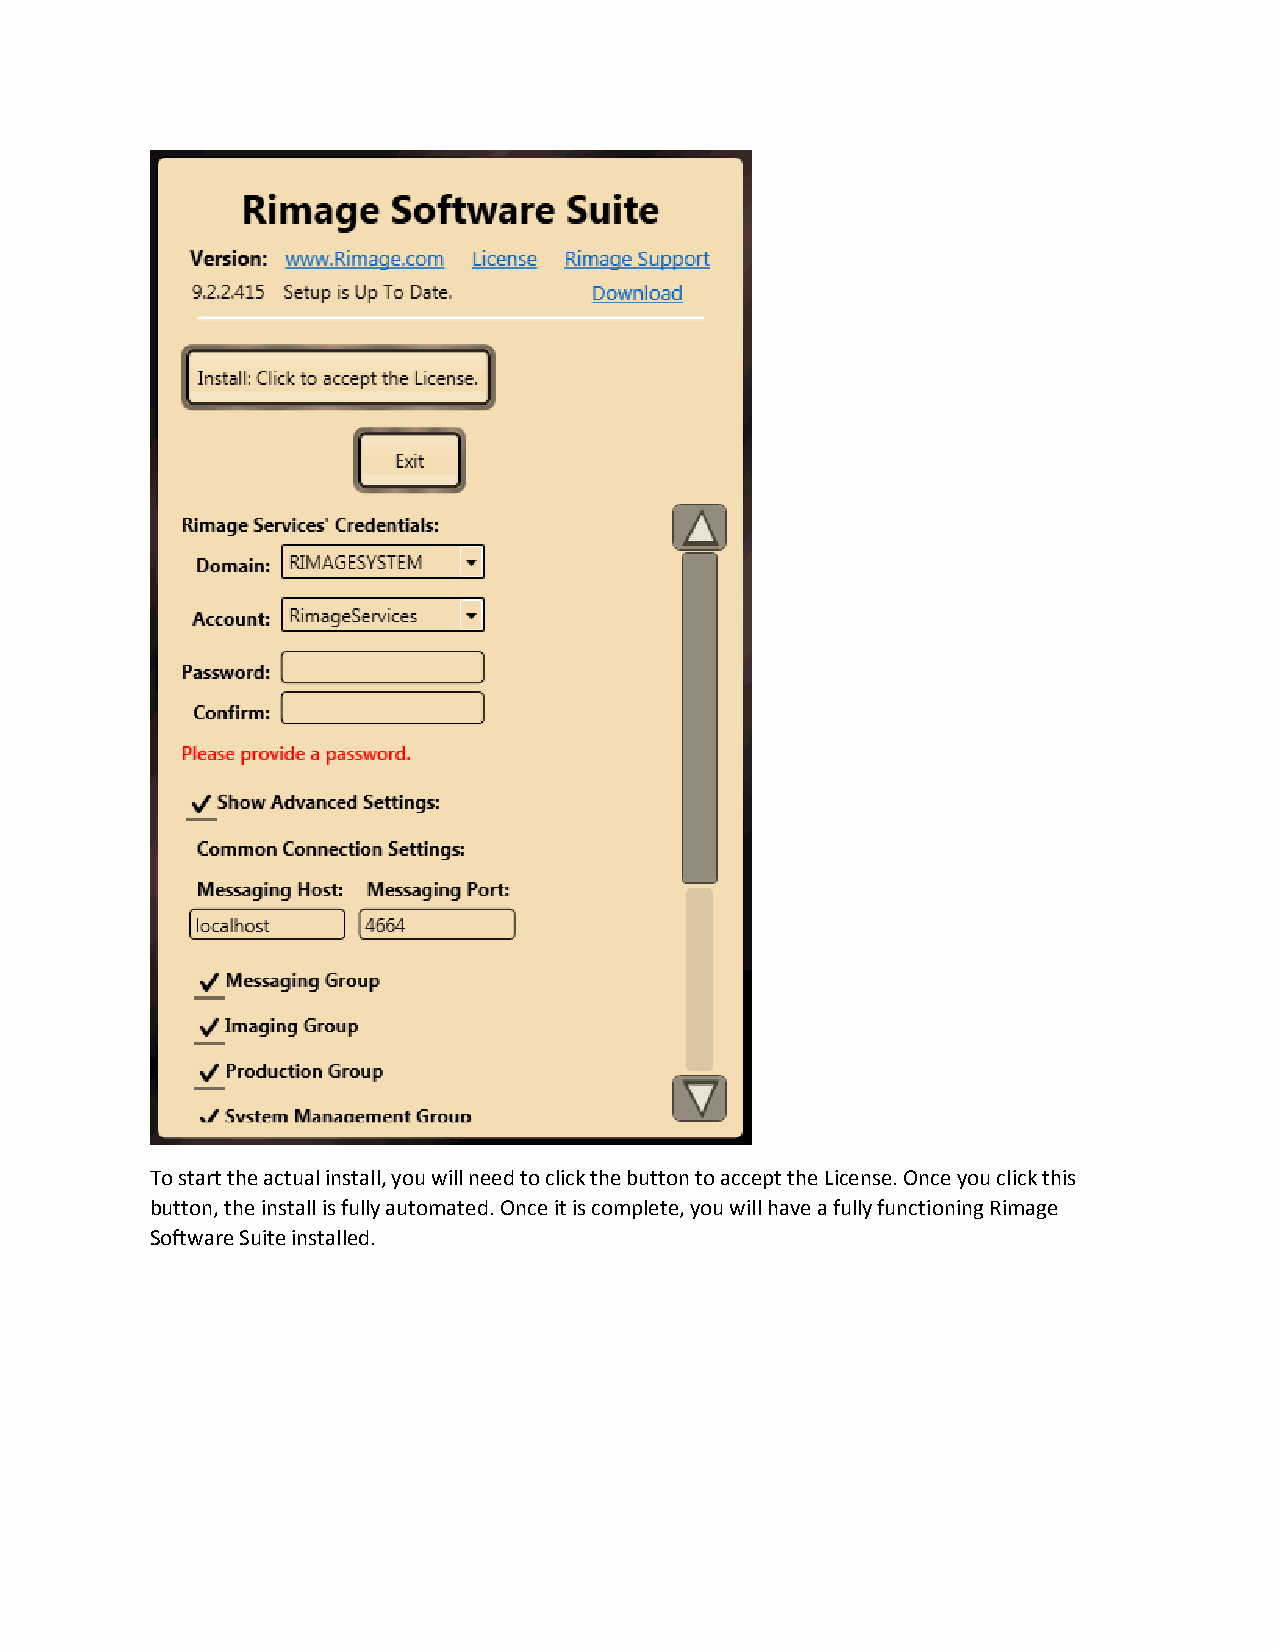
To start the actual install, you will need to click the button to accept the License. Once you click this
 button, the install is fully automated. Once it is complete, you will have a fully functioning Rimage
 Software Suite installed.